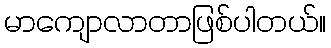
မာကျောလာတာဖြစ်ပါတယ်။